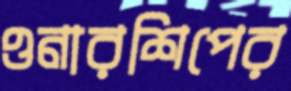
ওনারশিপের